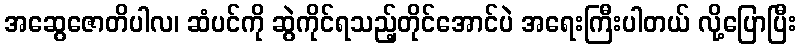
အဆွေဇောတိပါလ၊ ဆံပင်ကို ဆွဲကိုင်ရသည့်တိုင်အောင်ပဲ အရေးကြီးပါတယ် လို့ပြောပြီး